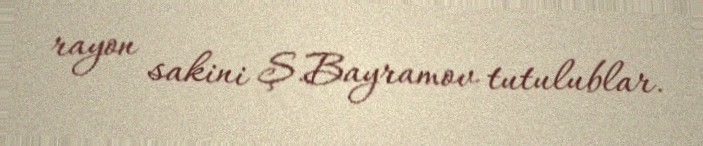
rayon sakini Ş.Bayramov tutulublar.